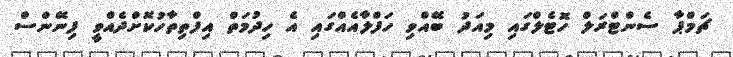
ޗަމްޕާ ސެންޓްރަލް ހޮޓެލްގައި މިއަދު ބޭއްވި ހަފްލާއެއްގައި އެ ހިދުމަތް އިފްތިތާހުކޮށްދެއްވީ ފިނޭންސް